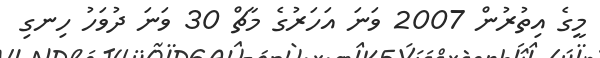
މީގެ އިތުރުން 2007 ވަނަ އަހަރުގެ މާޗް 30 ވަނަ ދުވަހު ހިނގި